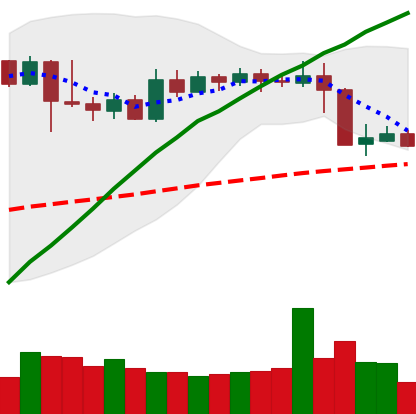
Ticker: XMR-USD
Chart end date: 2019-04-28
Forward return: 9.464%
Label: up_7plus